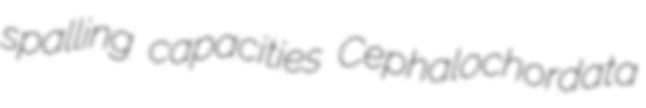
spalling capacities Cephalochordata